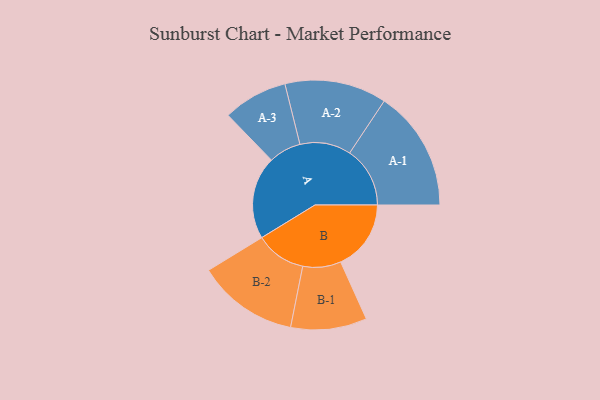
{"axis": {"x": "Segment", "y": "Value"}, "legend": ["", "A", "B"], "data": [{"x": "A", "y": 372, "type": ""}, {"x": "B", "y": 316, "type": ""}, {"x": "A-1", "y": 271, "type": "A"}, {"x": "A-2", "y": 229, "type": "A"}, {"x": "A-3", "y": 145, "type": "A"}, {"x": "B-1", "y": 171, "type": "B"}, {"x": "B-2", "y": 227, "type": "B"}]}